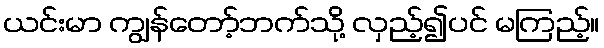
ယင်းမာ ကျွန်တော့်ဘက်သို့ လှည့်၍ပင် မကြည့်။